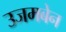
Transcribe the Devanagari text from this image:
उजमबेन